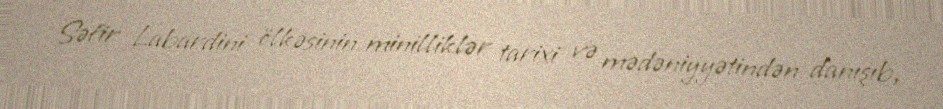
Səfir Labardini ölkəsinin minilliklər tarixi və mədəniyyətindən danışıb,